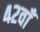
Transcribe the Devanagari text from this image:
४२वाँ